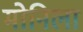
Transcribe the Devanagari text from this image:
मोनिला